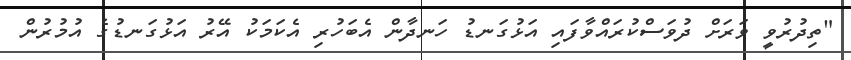
"ތިދުރުވީ ވަރަށް ދުވަސްކުރައްވާފައި އަޅުގަނޑު ހަނދާން އެބަހުރި އެކަމަކު އޭރު އަޅުގަނޑުގެ އުމުރުން